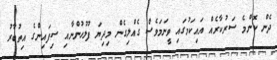
ދެން ކޮންމެ ސަރުކާރެއް އައިކަމުގައި ވީނަމަވެސް ގެއްލިގެން މިދިޔަ ފުލުހުންނާއި ސިފައިންގެ އިތުބާރު